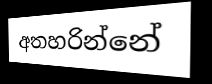
අතහරින්නේ